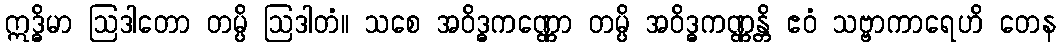
ဣဒ္ဓိမာ ဩဒါတော တမ္ပိ ဩဒါတံ။ သစေ အဝိဒ္ဓကဏ္ဏော တမ္ပိ အဝိဒ္ဓကဏ္ဏန္တိ ဧဝံ သဗ္ဗာကာရေဟိ တေန